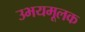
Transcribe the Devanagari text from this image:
उभयमूलक